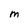
Character: m